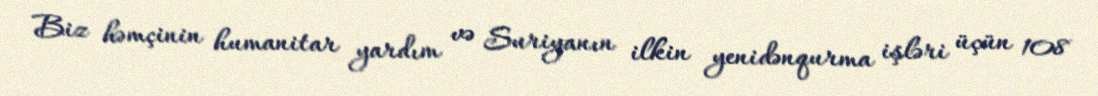
Biz həmçinin humanitar yardım və Suriyanın ilkin yenidənqurma işləri üçün 108